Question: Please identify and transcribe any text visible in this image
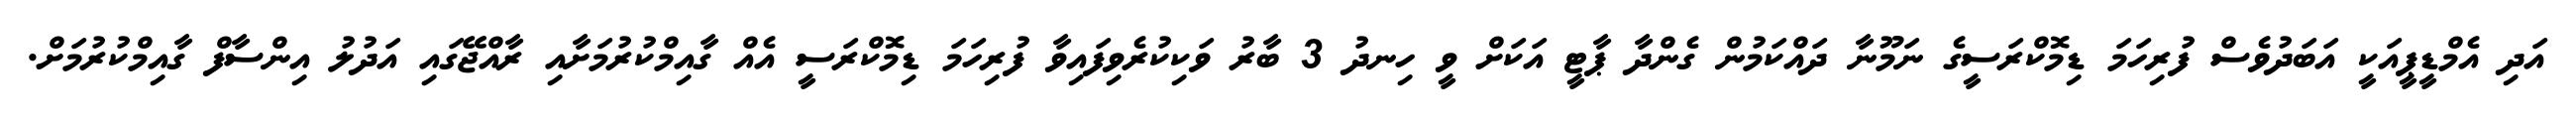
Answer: އަދި އެމްޑީޕީއަކީ އަބަދުވެސް ފުރިހަމަ ޑިމޮކްރަސީގެ ނަމޫނާ ދައްކަމުން ގެންދާ ޕާޓީ އަކަށް ވީ ހިނދު 3 ބާރު ވަކިކުރެވިފައިވާ ފުރިހަމަ ޑިމޮކްރަސީ އެއް ގާއިމްކުރުމަށާއި ރާއްޖޭގައި އަދުލު އިންސާފް ގާއިމްކުރުމަށް.